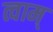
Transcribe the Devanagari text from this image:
त्वाम्